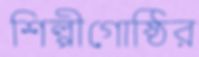
শিল্পীগোষ্ঠির